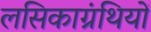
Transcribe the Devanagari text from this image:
लसिकाग्रंथियों